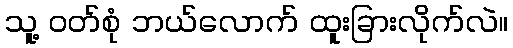
သူ့ ဝတ်စုံ ဘယ်လောက် ထူးခြားလိုက်လဲ။